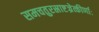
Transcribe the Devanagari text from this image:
समचतुरस्राष्टज्रेत्कीर्णाः